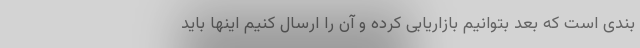
بندی است که بعد بتوانیم بازاریابی کرده و آن را ارسال کنیم اینها باید